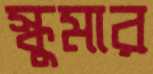
স্কুমার